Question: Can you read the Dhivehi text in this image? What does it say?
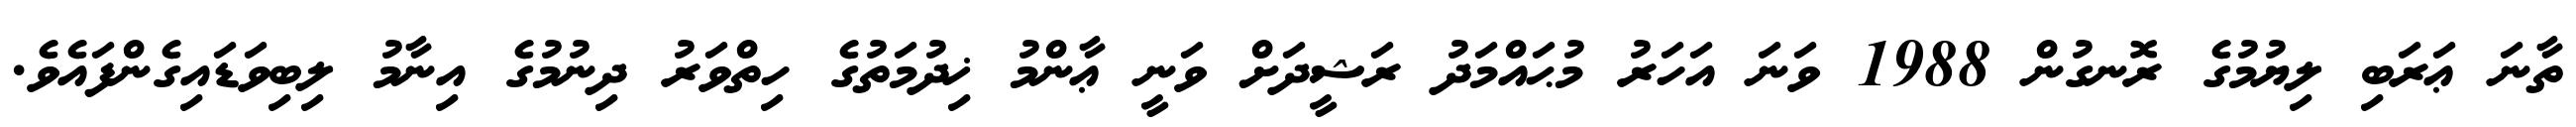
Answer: ތާނަ ޢަރަބި ލިޔުމުގެ ރޮނގުން 1988 ވަނަ އަހަރު މުޙައްމަދު ރަޝީދަށް ވަނީ ޢާންމު ޚިދުމަތުގެ ހިތްވަރު ދިނުމުގެ އިނާމު ލިބިވަޑައިގެންފައެވެ.